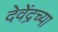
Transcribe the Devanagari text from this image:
देवेंद्रच्या